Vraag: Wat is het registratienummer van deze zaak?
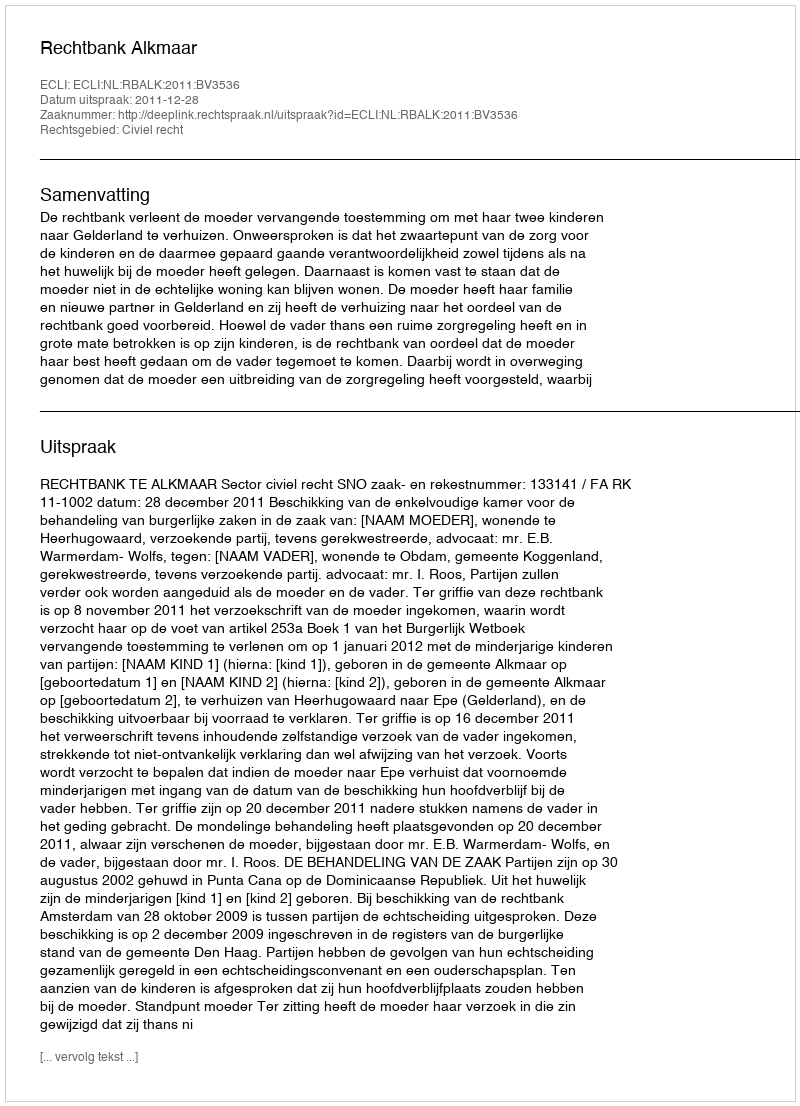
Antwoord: http://deeplink.rechtspraak.nl/uitspraak?id=ECLI:NL:RBALK:2011:BV3536